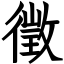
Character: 徵